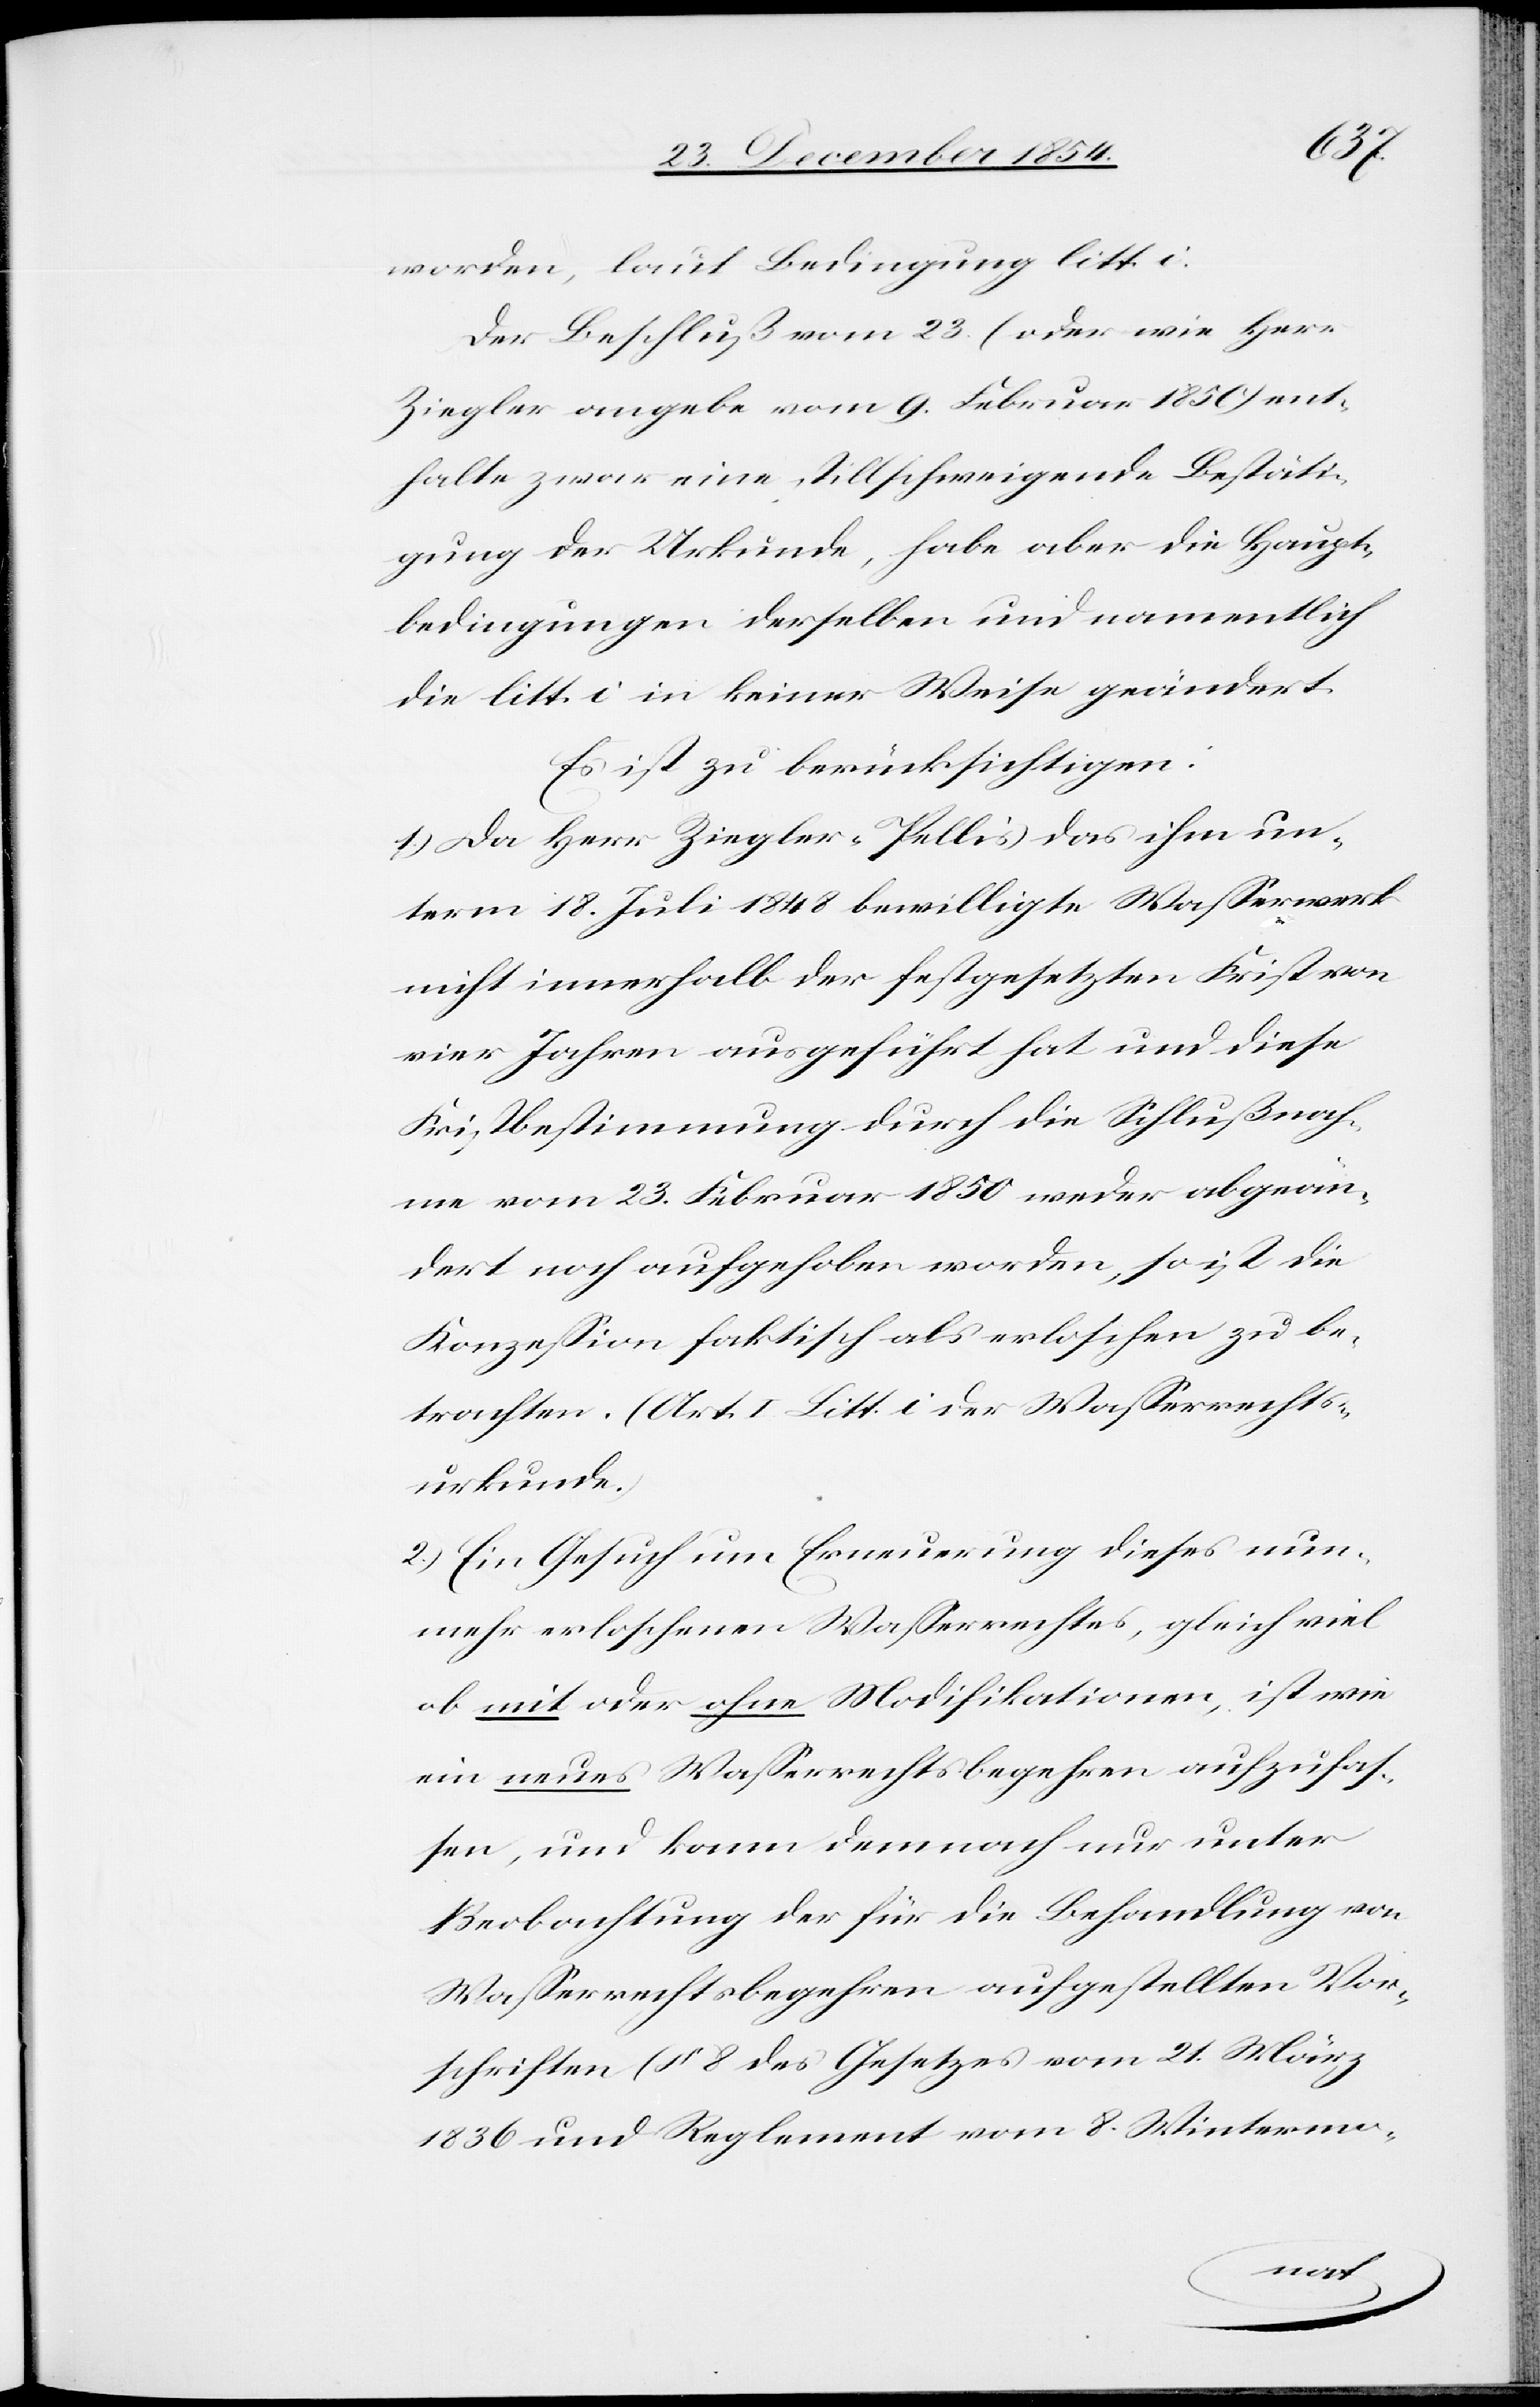
worden, laut Bedingung litt. i.
Der Beschluß vom 23. (oder wie Herr
Ziegler angebe vom 9. Februar 1850) ent¬
halte zwar eine stillschweigende Bestäti¬
gung der Urkunde, habe aber die Haupt¬
bedingungen derselben und namentlich
die litt. i in keiner Weise geändert.
Es ist zu berücksichtigen:
1.) Da Herr Ziegler-Pellis das ihm un¬
term 18. Juli 1848 bewilligte Waßerwerk
nicht innerhalb der festgesetzten Frist von
vier Jahren ausgeführt hat und diese
Fristbestimmung durch die Schlußnah¬
me vom 23. Februar 1850 weder abgeän¬
dert noch aufgehoben worden, so ist die
Konzeßion faktisch als erloschen zu be¬
trachten. (Art. I Litt. i der Waßerrechts¬
urkunde.)
2.) Ein Gesuch um Erneuerung dieses nun¬
mehr erloschenen Waßerrechtes, gleich viel
ob mit oder ohne Modifikationen, ist wie
ein neues Waßerrechtsbegehren aufzufaß¬
en, und kann demnach nur unter
Beobachtung der für die Behandlung von
Waßerrechtsbegehren aufgestellten Vor¬
schriften (§ 8 des Gesetzes vom 21. März
1836 und Reglement vom 8. Wintermo-